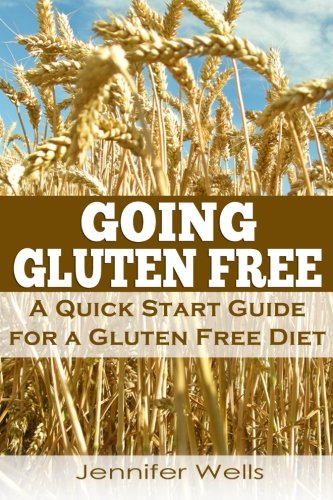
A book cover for Going Gluten Free: A Quick Start Guide for a Gluten Free Diet; Jennifer Wells; Health, Fitness & Dieting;